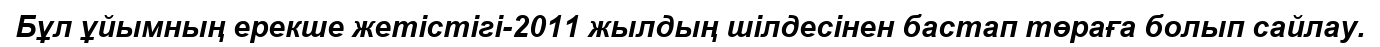
Бұл ұйымның ерекше жетістігі-2011 жылдың шілдесінен бастап төраға болып сайлау.